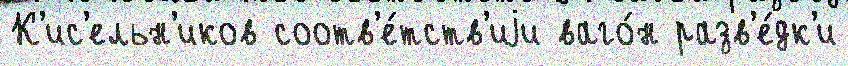
К'ис'ельн'иков соотв'е́тств'иjи ваго́н разв'е́дк'и